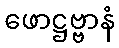
ဖောဋ္ဌဗ္ဗာနံ